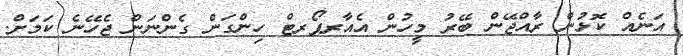
އަނެއް ކޮޅުން ރާއްޖޭން ބޭރު މީހުން އެއާރޕޯރޓް ހިންގަން ގެންނަން ޖެހޭނެ ކަމަށް.